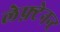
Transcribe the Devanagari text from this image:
लेफ़्टेनन्ट